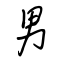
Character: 男